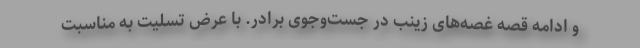
و ادامه قصه غصه‌های زینب در جست‌وجوی برادر. با عرض تسلیت به مناسبت